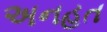
અનહત